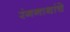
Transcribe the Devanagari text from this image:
रंगनाथांचे